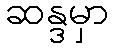
ဆန္ဒမှာ